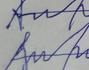
Signature authenticity: forged